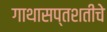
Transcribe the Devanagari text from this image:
गाथासप्तशतीचे